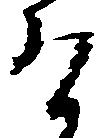
け